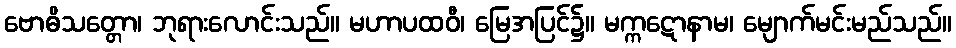
ဗောဓိသတ္တော၊ ဘုရားလောင်းသည်။ မဟာပထဝီ၊ မြေအပြင်၌။ မက္ကဋောနာမ၊ မျောက်မင်းမည်သည်။